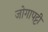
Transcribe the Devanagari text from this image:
जोगापट्टी